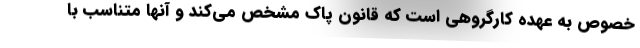
خصوص به عهده کارگروهی است که قانون پاک مشخص می‌کند و آنها متناسب با